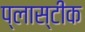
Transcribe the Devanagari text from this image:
प्लास्टीक